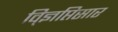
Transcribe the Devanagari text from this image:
वि्ज्ञप्तिसार